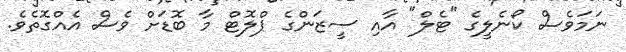
ނަމަވެސް ކޯނެލީގެ "ޓެލް" އާއި ސީޒަންގެ ޕްލޮޓް މާ ބޮޑަށް ވެސް އެއްގޮތެވެ.